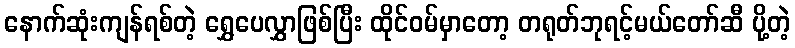
နောက်ဆုံးကျန်ရစ်တဲ့ ရွှေပေလွှာဖြစ်ပြီး ထိုင်ဝမ်မှာတော့ တရုတ်ဘုရင့်မယ်တော်ဆီ ပို့တဲ့